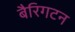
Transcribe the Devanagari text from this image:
बैरिगटन